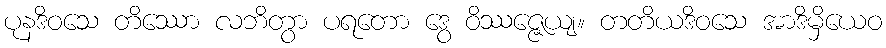
ပုနဒိဝသေ တိဿော လဘိတွာ ပရတော ဒွေ ဝိဿဇ္ဇေယျ။ တတိယဒိဝသေ အာဒိမှိယေဝ